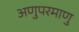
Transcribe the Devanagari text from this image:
अणुपरमाणु